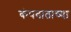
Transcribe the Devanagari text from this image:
कंपवाताच्या